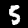
Label: 5